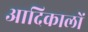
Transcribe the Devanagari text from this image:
आदिकालों